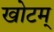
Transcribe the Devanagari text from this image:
खोटम्